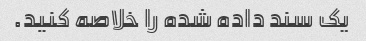
یک سند داده شده را خلاصه کنید.